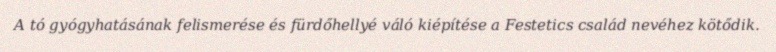
A tó gyógyhatásának felismerése és fürdőhellyé váló kiépítése a Festetics család nevéhez kötődik.